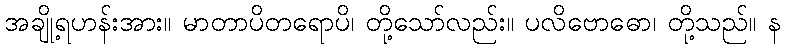
အချို့ရဟန်းအား။ မာတာပိတရောပိ၊ တို့သော်လည်း။ ပလိဗောဓော၊ တို့သည်။ န